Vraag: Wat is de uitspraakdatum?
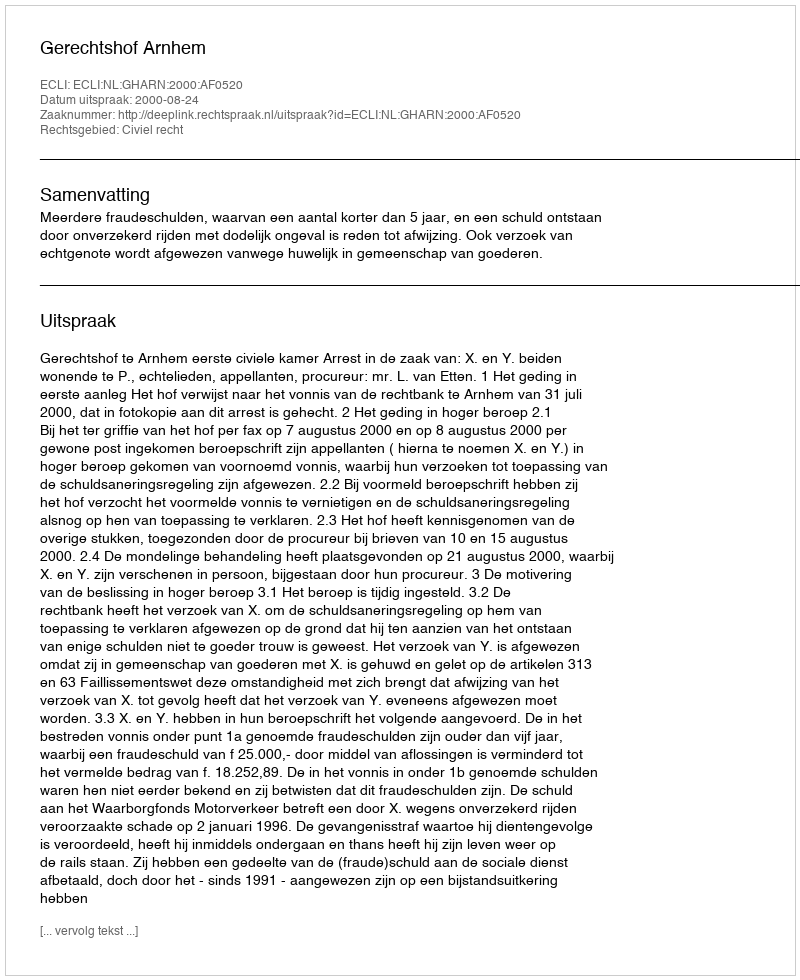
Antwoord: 2000-08-24